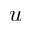
\boldsymbol { u }